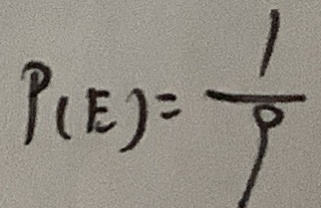
P _ { ( E ) } = \frac { 1 } { 9 }